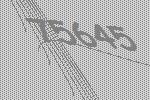
75645